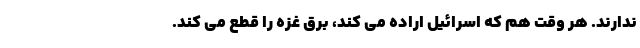
ندارند. هر وقت هم که اسرائیل اراده می کند، برق غزه را قطع می کند.